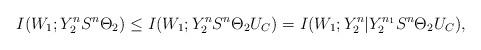
LaTeX: \begin{align*}I(W_1;Y_2^nS^n\Theta_2) \leq I(W_1;Y_2^nS^n\Theta_2U_C) = I(W_1;Y_2^n|Y_2^{n_1}S^n\Theta_2U_C), \end{align*}